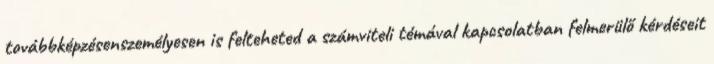
továbbképzésenszemélyesen is felteheted a számviteli témával kapcsolatban felmerülő kérdéseit